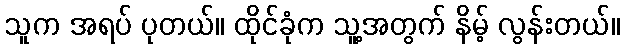
သူက အရပ် ပုတယ်။ ထိုင်ခုံက သူ့အတွက် နိမ့် လွန်းတယ်။